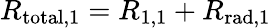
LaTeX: R_{\mathrm{total},1}=R_{1,1}+R_{\mathrm{rad},1}